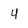
Character: 4